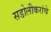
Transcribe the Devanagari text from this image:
सडोलीकरांचे